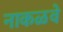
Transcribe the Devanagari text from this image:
नाकळवे